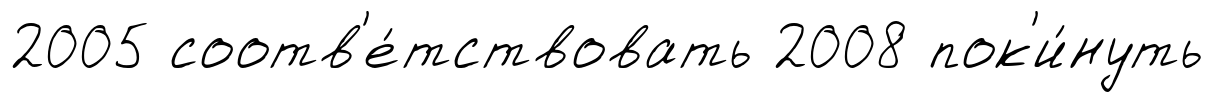
2005 соотв'е́тствовать 2008 пок'и́нуть